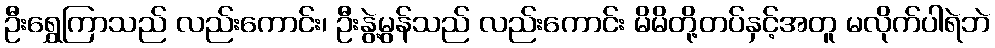
ဦးရွှေကြာသည် လည်းကောင်း၊ ဦးနွဲ့မွန်သည် လည်းကောင်း မိမိတို့တပ်နှင့်အတူ မလိုက်ပါရဲဘဲ